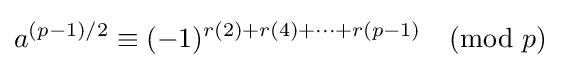
a^{(p-1)/2}\equiv (-1)^{r(2)+r(4)+\cdots +r(p-1)}{\pmod {p}}